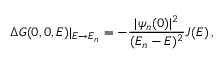
\Delta G ( 0 , 0 , E ) | _ { E \rightarrow E _ { n } } = - { \frac { | \psi _ { n } ( 0 ) | ^ { 2 } } { ( E _ { n } - E ) ^ { 2 } } } J ( E ) \, ,